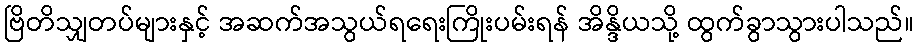
ဗြိတိသျှတပ်များနှင့် အဆက်အသွယ်ရရေးကြိုးပမ်းရန် အိန္ဒိယသို့ ထွက်ခွာသွားပါသည်။